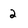
Character: 2